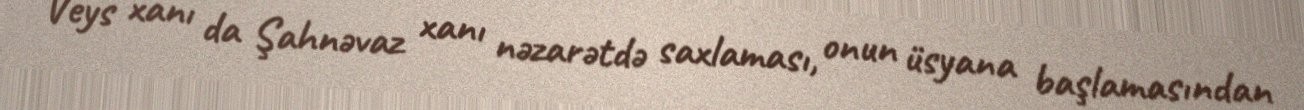
Veys xanı da Şahnəvaz xanı nəzarətdə saxlaması, onun üsyana başlamasından